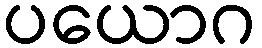
ပယောဂ